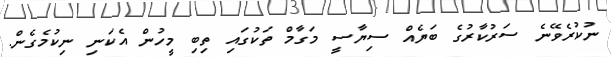
ނުުކުރެވޭނެ ސަރުކާރުގެ ބަޔެއް ސިޔާސީ މަގާމް ތަކުގައި ތިބި މީހުން އެކަނި ނިކުމެގެން.